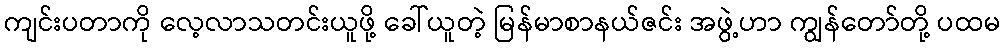
ကျင်းပတာကို လေ့လာသတင်းယူဖို့ ခေါ်ယူတဲ့ မြန်မာစာနယ်ဇင်း အဖွဲ့ဟာ ကျွန်တော်တို့ ပထမ